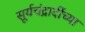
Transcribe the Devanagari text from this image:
सूर्यचंद्रादींच्या